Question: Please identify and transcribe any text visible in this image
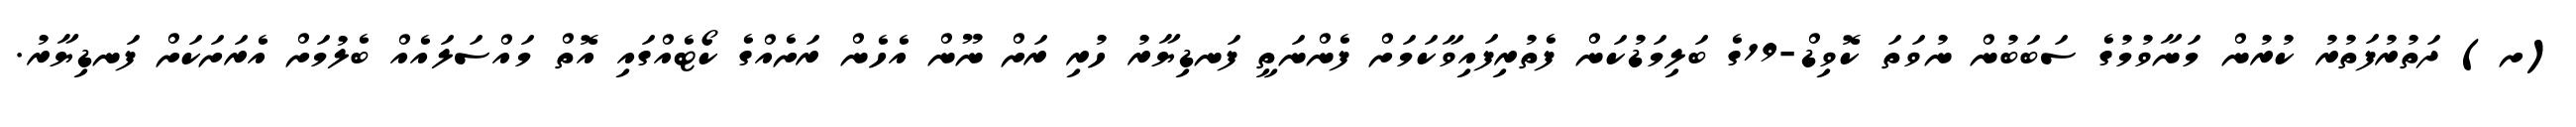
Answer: (ށ) ދަތުރުފަތުރު ކުރުން މަނާވުމުގެ ސަބަބުން ނުވަތަ ކޮވިޑް-19ގެ ބަލިމަޑުކަން ފެތުރިފައިވާކަމަށް ފެންނަތީ ފަނޑިޔާރު ހުރި ރަށް ނޫން އެހެން ރަށެއްގެ ކޯޓެއްގައި އޮތް މައްސަލައެއް ބެލުމަށް އެރަށަކަށް ފަނޑިޔާރު.